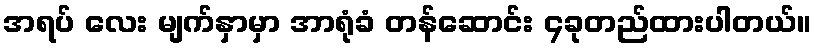
အရပ် လေး မျက်နှာမှာ အာရုံခံ တန်ဆောင်း ၄ခုတည်ထားပါတယ်။